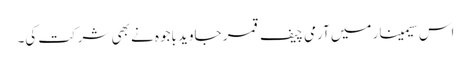
اس سیمینار میں آرمی چیف قمر جاوید باجوہ نے بھی شرکت کی۔